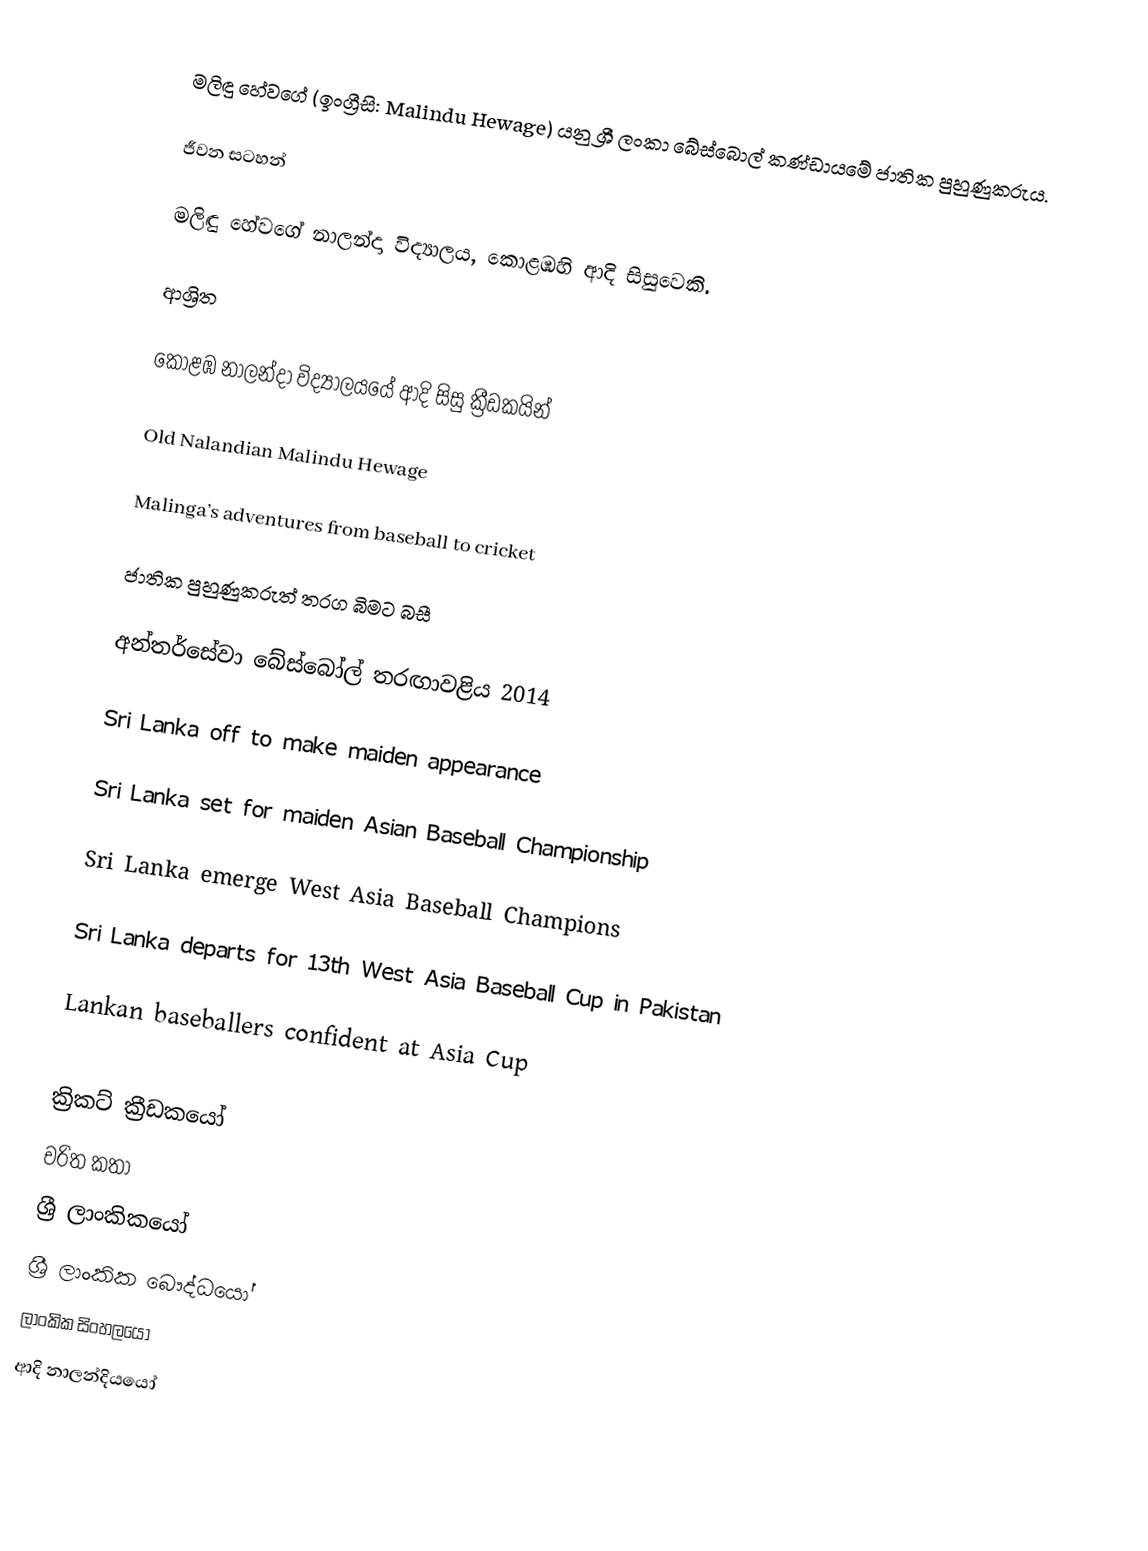
මලිඳු හේවගේ (ඉංග්‍රීසි: Malindu Hewage) යනු ශ්‍රී ලංකා බේස්බොල් කණ්ඩායමේ ජාතික පුහුණුකරුය.

ජීවන සටහන්

මලිඳු හේවගේ  නාලන්දා විද්‍යාලය, කොළඹහි ආදි සිසුවෙකි.

ආශ්‍රිත

කොළඹ නාලන්දා විද්‍යාලයයේ ආදි සිසු ක්‍රීඩකයින්

 Old Nalandian Malindu Hewage

 Malinga’s adventures from baseball to cricket

 ජාතික පුහුණුකරුත් තරග බිමට බසී

 අන්තර්සේවා බේස්බෝල් තරඟාවළිය 2014

 Sri Lanka off to make maiden appearance

 Sri Lanka set for maiden Asian Baseball Championship

 Sri Lanka emerge West Asia Baseball Champions

 Sri Lanka departs for 13th West Asia Baseball Cup in Pakistan

 Lankan baseballers confident at Asia Cup

ක්‍රිකට් ක්‍රීඩකයෝ
චරිත කතා
ශ්‍රී ලාංකිකයෝ
ශ්‍රී ලාංකික බෞද්ධයෝ
ලාංකික සිංහලයෝ
ආදි නාලන්දියයෝ